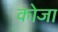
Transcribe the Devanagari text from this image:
कोजा